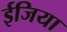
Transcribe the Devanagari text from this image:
ईजिया